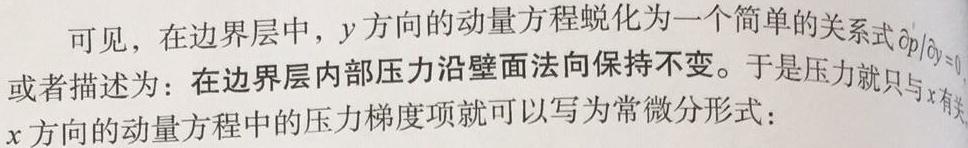
可见，在边界层中，$y$方向的动量方程蜕化为一个简单的关系式$\partial p/\partial y = 0$，或者描述为：在边界层内部压力沿壁面法向保持不变。于是压力就只与$x$有关，$x$方向的动量方程中的压力梯度项就可以写为常微分形式：